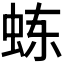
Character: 𬟾